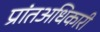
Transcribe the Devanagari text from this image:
प्रांतअधिकारी